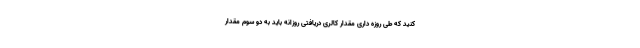
کنید که طی روزه داری مقدار کالری دریافتی روزانه باید به دو سوم مقدار